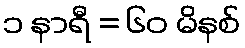
၁ နာရီ = ၆၀ မိနစ်